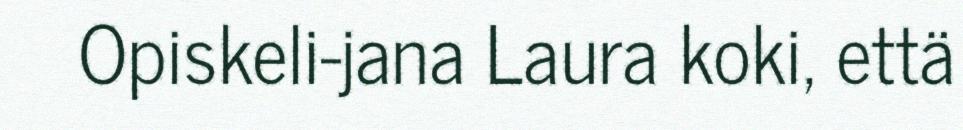
Opiskeli-jana Laura koki, että